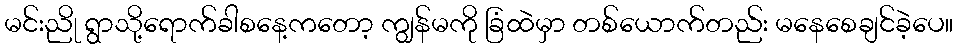
မင်းညို ရွာသို့ရောက်ခါစနေ့ကတော့ ကျွန်မကို ခြံထဲမှာ တစ်ယောက်တည်း မနေစေချင်ခဲ့ပေ။